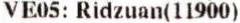
VE05: RIDZUAN(11900)